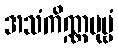
အသံကိဏ္ဏပုဗ္ဗံ